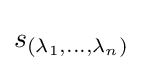
s_{(\lambda _{1},\dots ,\lambda _{n})}